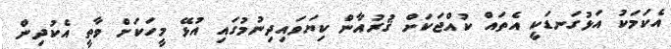
އެކަމަކު އަޅުގަނޑަކީ އެތައް ކުއްޖަކަށް ޤުރުއާން ކިޔަވައިދިނުމުގައި އުޅޭ މީހަކަށް ވާތީ އެކުދިން